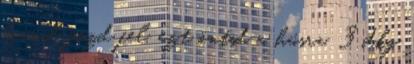
borral főzd fel, ezt öntsd a húsra. 3 dkg